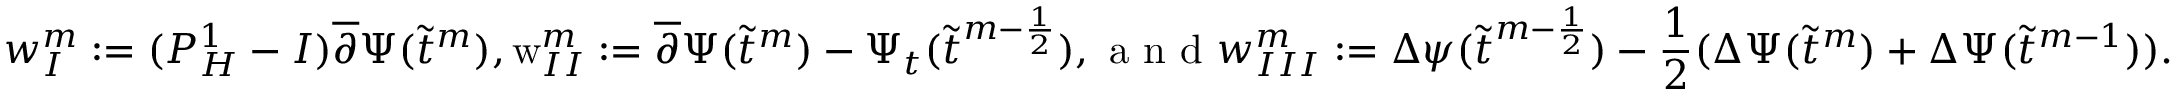
w _ { I } ^ { m } : = ( P _ { H } ^ { 1 } - I ) \overline { { \partial } } \Psi ( \widetilde { t } ^ { m } ) , \textrm w _ { I I } ^ { m } : = \overline { { \partial } } \Psi ( \widetilde { t } ^ { m } ) - \Psi _ { t } ( \widetilde { t } ^ { m - \frac { 1 } { 2 } } ) , \textrm { a n d } w _ { I I I } ^ { m } : = \Delta \psi ( \widetilde { t } ^ { m - \frac { 1 } { 2 } } ) - \frac { 1 } { 2 } ( \Delta \Psi ( \widetilde { t } ^ { m } ) + \Delta \Psi ( \widetilde { t } ^ { m - 1 } ) ) .